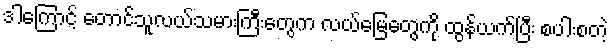
ဒါကြောင့် တောင်သူလယ်သမားကြီးတွေက လယ်မြေတွေကို ထွန်ယက်ပြီး စပါးစတဲ့